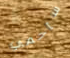
سأحمي